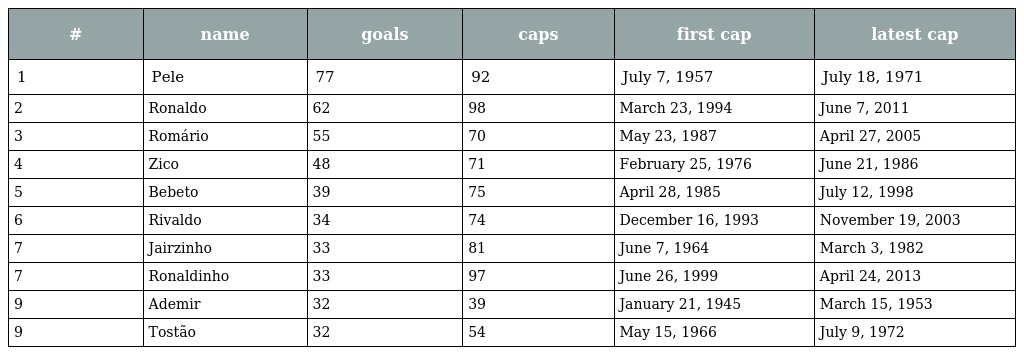
| # | name | goals | caps | first cap | latest cap |
 | --- | --- | --- | --- | --- | --- |
 | 1 | Pele | 77 | 92 | July 7, 1957 | July 18, 1971 |
 | 2 | Ronaldo | 62 | 98 | March 23, 1994 | June 7, 2011 |
 | 3 | Romário | 55 | 70 | May 23, 1987 | April 27, 2005 |
 | 4 | Zico | 48 | 71 | February 25, 1976 | June 21, 1986 |
 | 5 | Bebeto | 39 | 75 | April 28, 1985 | July 12, 1998 |
 | 6 | Rivaldo | 34 | 74 | December 16, 1993 | November 19, 2003 |
 | 7 | Jairzinho | 33 | 81 | June 7, 1964 | March 3, 1982 |
 | 7 | Ronaldinho | 33 | 97 | June 26, 1999 | April 24, 2013 |
 | 9 | Ademir | 32 | 39 | January 21, 1945 | March 15, 1953 |
 | 9 | Tostão | 32 | 54 | May 15, 1966 | July 9, 1972 |